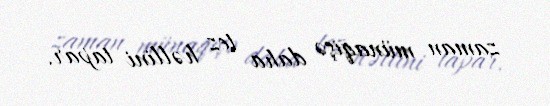
zaman münaqişə daha tez həllini tapar.